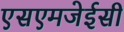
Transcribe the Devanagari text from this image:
एसएमजेईसी